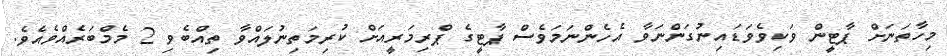
މިހާތަނަށް ޕާޓީން ވަކިވެވަޑައިނުގަންނަވާ އެހެންނަމަވެސް ޕާޓީގެ ޕްރިމަރީއަށް ކުރިމަތިނުލައްވާ ތިއްބެވި 2 މެމްބަރެއްވެއެވެ.